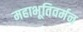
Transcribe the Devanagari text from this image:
महाभूतिवर्मन